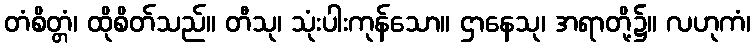
တံစိတ္တံ၊ ထိုစိတ်သည်။ တီသု၊ သုံးပါးကုန်သော။ ဌာနေသု၊ အရာတို့၌။ လဟုကံ၊